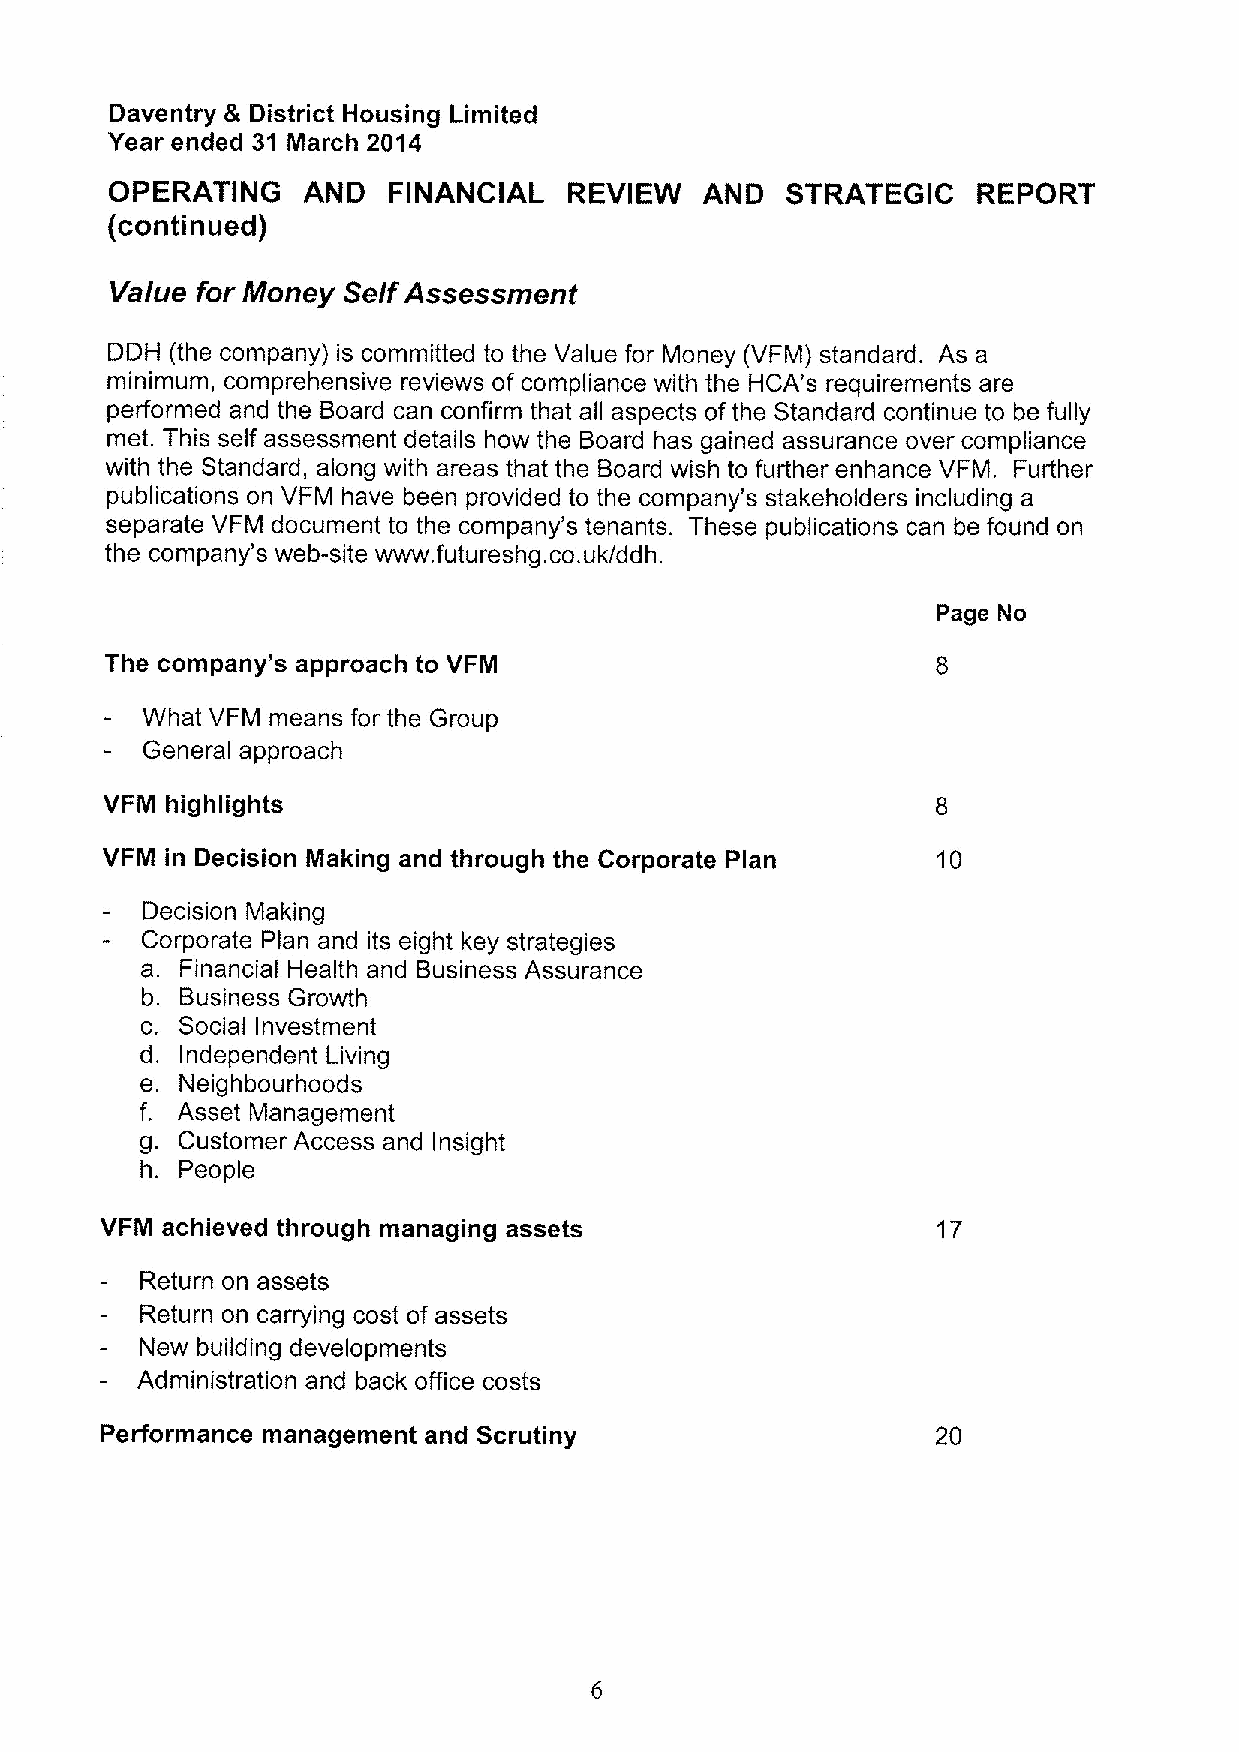
Daventry & District Housing Limited
 Year ended 31 March 2014
 OPERATING    AND   FINANCIAL   REVIEW   AND  STRATEGIC    REPORT
 (continued)
 Va/ue for Money SelfAssessment
 DDH (the company) is committed to the Value for Money (VFM) standard. As a
 minimum, comprehensive reviews of compliance with the HCA's requirements are
 performed and the Board can confirm that all aspects ofthe Standard continue to be fully
 met. This self assessment details how the Board has gained assurance over compliance
 with the Standard, along with areas that the Board wish to further enhance VFM. Further
 publications on VFM have been provided to the company's stakeholders including a
 separate VFM document to the company's tenants. These publications can be found on
 the company's web-site www. futureshg. co.uk/ddh.
 Page No
 The company's approach to VFM
 What VFM means for the Group
 General approach
 VFM highlights
 VFM in Decision Making and through the Corporate Plan  10
 Decision Making
 Corporate Plan and its eight key strategies
 a. Financial Health and Business Assurance
 b. Business Growth
 c. Social Investment
 d. Independent Living
 e. Neighbourhoods
 f. Asset Management
 g. Customer Access and Insight
 h. People
 VFM achieved through managing assets                   17
 Return on assets
 Return on carrying cost of assets
 New building developments
 Administration and back office costs
 Performance management and Scrutiny                    20